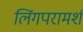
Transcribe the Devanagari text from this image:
लिंगपरामर्श